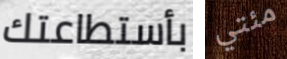
بأستطاعتك مئتي